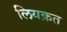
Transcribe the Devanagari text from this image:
लियक़त